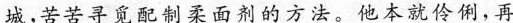
城，苦苦寻觅配制柔而剂的方法。他本就伶俐，再